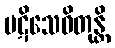
ပဋိသေဝိတုန္တိ